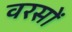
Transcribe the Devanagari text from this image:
वरसों